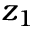
z _ { 1 }